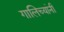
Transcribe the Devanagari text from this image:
गालिच्यांनी